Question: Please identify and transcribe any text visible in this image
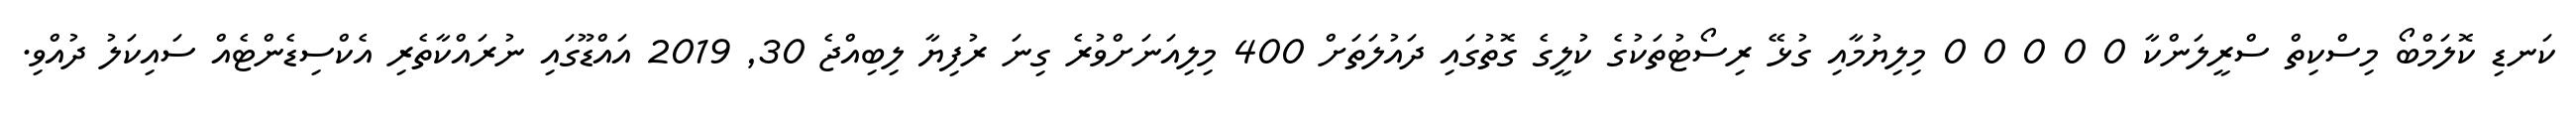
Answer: ކަނޑި ކޮލަމްބޯ މިސްކިތް ސްރީލަންކާ 0 0 0 0 0 މިލިޔުމާއި ގުޅޭ ރިސޯޓުތަކުގެ ކުލީގެ ގޮތުގައި ދައުލަތަށް 400 މިލިއަނަށްވުރެ ގިނަ ރުފިޔާ ލިބިއްޖެ 30, 2019 އައްޑޫގައި ނުރައްކާތެރި އެކްސިޑެންޓެއް ސައިކަލު ދުއްވި.